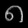
Digit: ၈